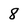
Character: 8